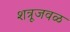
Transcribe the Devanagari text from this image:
शत्रूजवळ